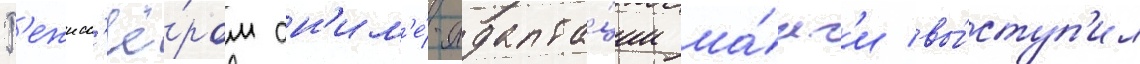
Р'ежисс'ё́ром ан'им'е́-адапта́ции ма́нг'и вы́ступ'ил